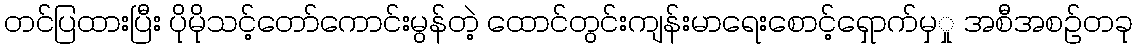
တင်ပြထားပြီး ပိုမိုသင့်တော်ကောင်းမွန်တဲ့ ထောင်တွင်းကျန်းမာရေးစောင့်ရှောက်မှှု အစီအစဉ်တခု